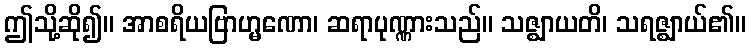
ဤသို့ဆို၍။ အာစရိယဗြာဟ္မဏော၊ ဆရာပုဏ္ဏားသည်။ သဇ္ဈာယတိ၊ သရဇ္ဈာယ်၏။